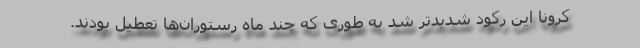
کرونا این رکود شدیدتر شد به طوری که چند ماه رستوران‌ها تعطیل بودند.